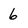
Character: 6